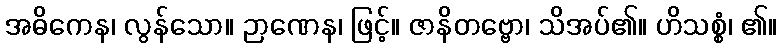
အဓိကေန၊ လွန်သော။ ဉာဏေန၊ ဖြင့်။ ဇာနိတဗ္ဗော၊ သိအပ်၏။ ဟိသစ္စံ၊ ၏။